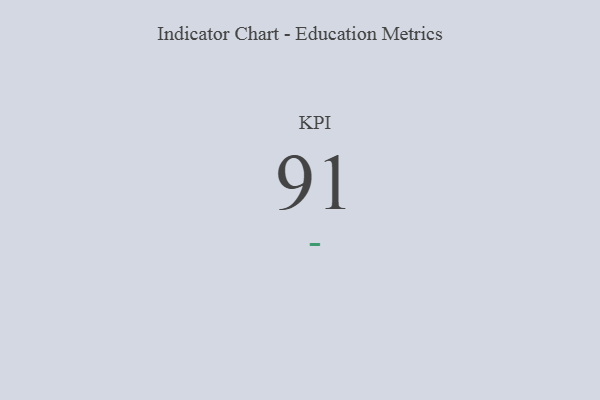
{"axis": {"x": "KPI", "y": "Value"}, "legend": [""], "data": [{"x": "KPI", "y": 91, "type": ""}]}